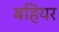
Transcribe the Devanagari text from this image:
बहियर